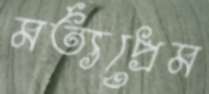
মর্ত্যপ্রেম